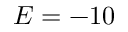
E = - 1 0